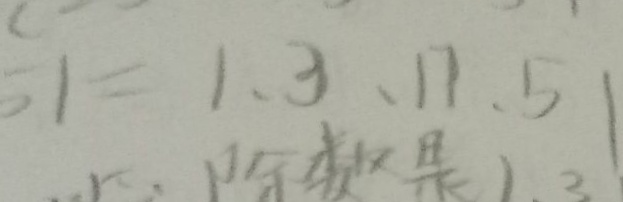
5 1 = 1 、 3 、 1 7 、 5 1